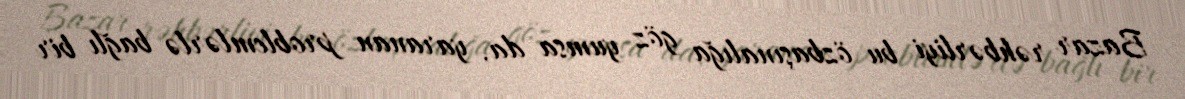
Bazar rəhbərliyi bu özbaşınalığa göz yumsa da, yaranan problemlərlə bağlı bir